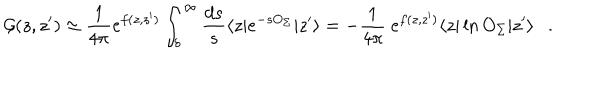
{ \cal G } ( z , z ^ { \prime } ) \simeq { \frac { 1 } { 4 \pi } } e ^ { f ( z , z ^ { \prime } ) } \int _ { \delta } ^ { \infty } { \frac { d s } { s } } \langle z | e ^ { - s O _ { \Sigma } } | z ^ { \prime } \rangle = - { \frac { 1 } { 4 \pi } } ~ e ^ { f ( z , z ^ { \prime } ) } \langle z | \ln O _ { \Sigma } | z ^ { \prime } \rangle .